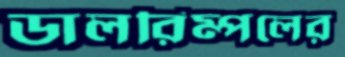
ডালরিম্পলের